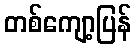
တစ်ကျော့ပြန်